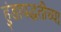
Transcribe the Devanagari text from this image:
हुंडापद्धतीच्या